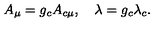
A _ { \mu } = g _ { c } A _ { c \mu } , \quad \lambda = g _ { c } \lambda _ { c } .